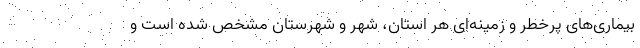
بیماری‌های پرخطر و زمینه‌ای هر استان، شهر و شهرستان مشخص شده است و